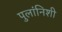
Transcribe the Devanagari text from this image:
पुलांनिशी